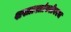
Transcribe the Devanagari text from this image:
शस्त्रास्त्रांबरोबरच